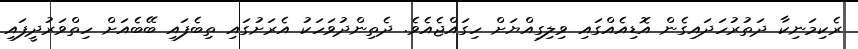
ރެކިމަނިކާ ދަތުރުހަދައިގެން އޮޑިއެއްގައި ވިލިގިއްޔަށް ހިގައްޖެއެވެ. ދެތިންދުވަހަކު އެރަށުގައި ތިބެފައި ބޭބެއަށް ހިތްވަރުދީފައި